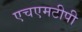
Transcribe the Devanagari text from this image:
एचएमटीपी